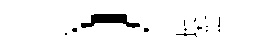
）长壺